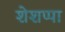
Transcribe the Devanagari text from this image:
शेशप्पा